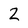
Character: 2